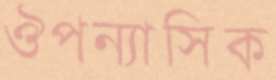
ঔপন্যাসিক